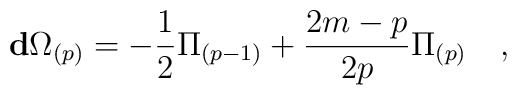
\mathbf{d}\Omega_{(p)}= -{1\over 2} \Pi_{(p-1)} + {2m-p\over 2p} \Pi_{(p)}\quad,